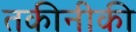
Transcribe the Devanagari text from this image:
तकीनीकी